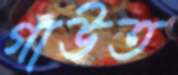
গাউত